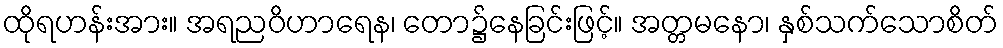
ထိုရဟန်းအား။ အရညဝိဟာရေန၊ တော၌နေခြင်းဖြင့်။ အတ္တမနော၊ နှစ်သက်သောစိတ်